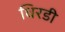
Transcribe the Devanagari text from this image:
धिरडी